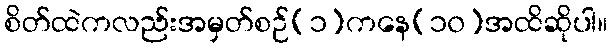
စိတ်ထဲကလည်းအမှတ်စဉ်(၁)ကနေ(၁၀)အထိဆိုပါ။